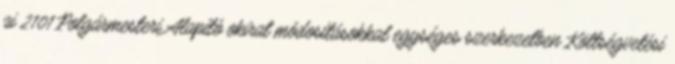
ai 2101 Polgármesteri Alapító okirat módosításokkal egységes szerkezetben Költségvetési